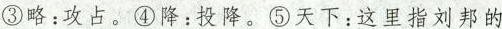
③略：攻占。④降：投降。⑤天下：这里指刘邦的